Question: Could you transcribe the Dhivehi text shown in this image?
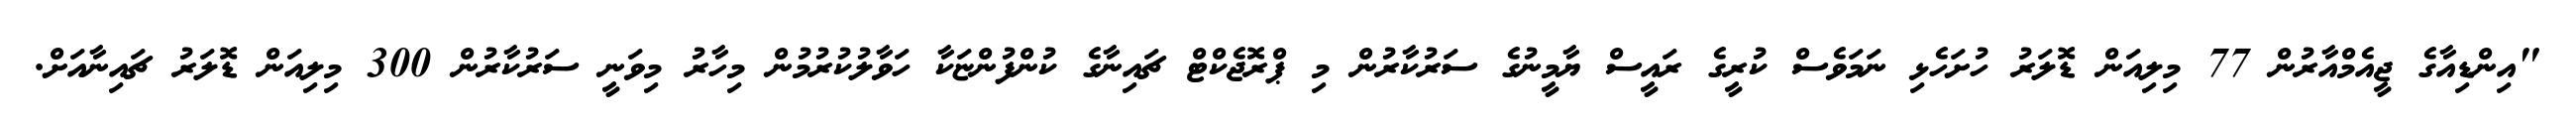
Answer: "އިންޑިއާގެ ޖީއެމްއާރުން 77 މިލިއަން ޑޮލަރު ހުށަހެޅި ނަމަވެސް ކުރީގެ ރައީސް ޔާމީނުގެ ސަރުކާރުން މި ޕްރޮޖެކްޓް ޗައިނާގެ ކުންފުންޏަކާ ހަވާލުކުރުމުން މިހާރު މިވަނީ ސަރުކާރުން 300 މިލިއަން ޑޮލަރު ޗައިނާއަށް.